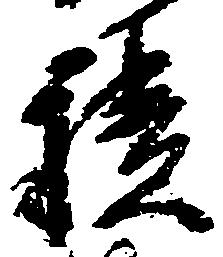
積